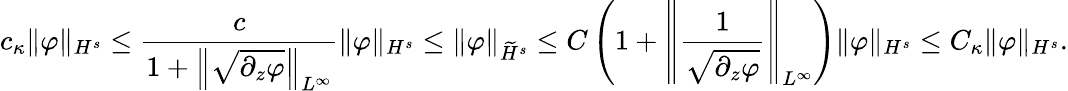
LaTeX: c_{\kappa}\| \varphi\| _{H^{s}}\leq\frac{c}{1+\left\| \sqrt{\partial_{z}\varphi}\right\| _{L^{\infty}}}\| \varphi\| _{H^{s}}\leq\| \varphi\| _{\widetilde H^{s}}\leq C\left(1+\left\| \frac 1{\sqrt{\partial_{z}\varphi}}\right\| _{L^{\infty}}\right)\| \varphi\| _{H^{s}}\leq C_{\kappa}\| \varphi\| _{H^{s}}.